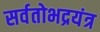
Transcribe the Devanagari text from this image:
सर्वतोभद्रयंत्र